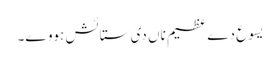
یسوع دے عظیم ناں دی ستائش ہووے۔